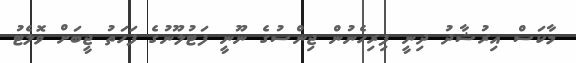
މާކަސް އިރުޝާދު ދިނީ ފިރިހެނުން ޖިންސުގެ ނޫނީ ފަޓުލޫނުގެ ފަހަތު ޖީބަށް ވޮލެޓު